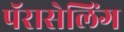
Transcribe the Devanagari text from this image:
पॅरासेलिंग